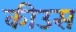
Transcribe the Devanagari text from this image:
कीउस